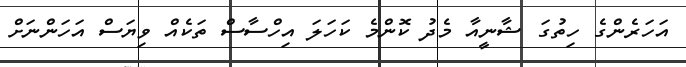
އަހަރެންގެ ހިތުގަ ޝާނީއާ މެދު ކޮންމެ ކަހަލަ އިހްސާސް ތަކެއް ވިޔަސް އަހަންނަށް